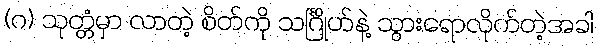
(ဂ) သုတ္တံမှာ လာတဲ့ စိတ်ကို သင်္ဂြိုဟ်နဲ့ သွားရောလိုက်တဲ့အခါ